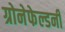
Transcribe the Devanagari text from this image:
ग्रोनेफेल्डनी